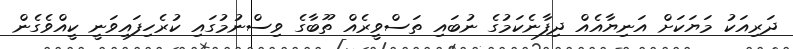
ދަރިއަކު މަޔަކަށް އަނިޔާއެއް ދިފާނެކަމުގެ ނުބައި ތަސްވީރެއް ތޫބާގެ ވިސްނުމުގައި ކުރެހިފައިވަނީ ކީއްވެގެން